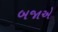
બજાએ